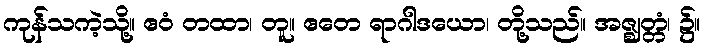
ကုန်သကဲ့သို့။ ဧဝံ တထာ၊ တူ။ ဧတေ ရာဂါဒယော၊ တို့သည်။ အဇ္ဈတ္တံ၊ ၌။